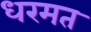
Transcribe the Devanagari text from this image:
धरमत